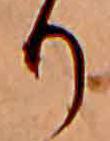
り